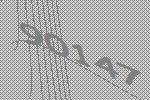
90147